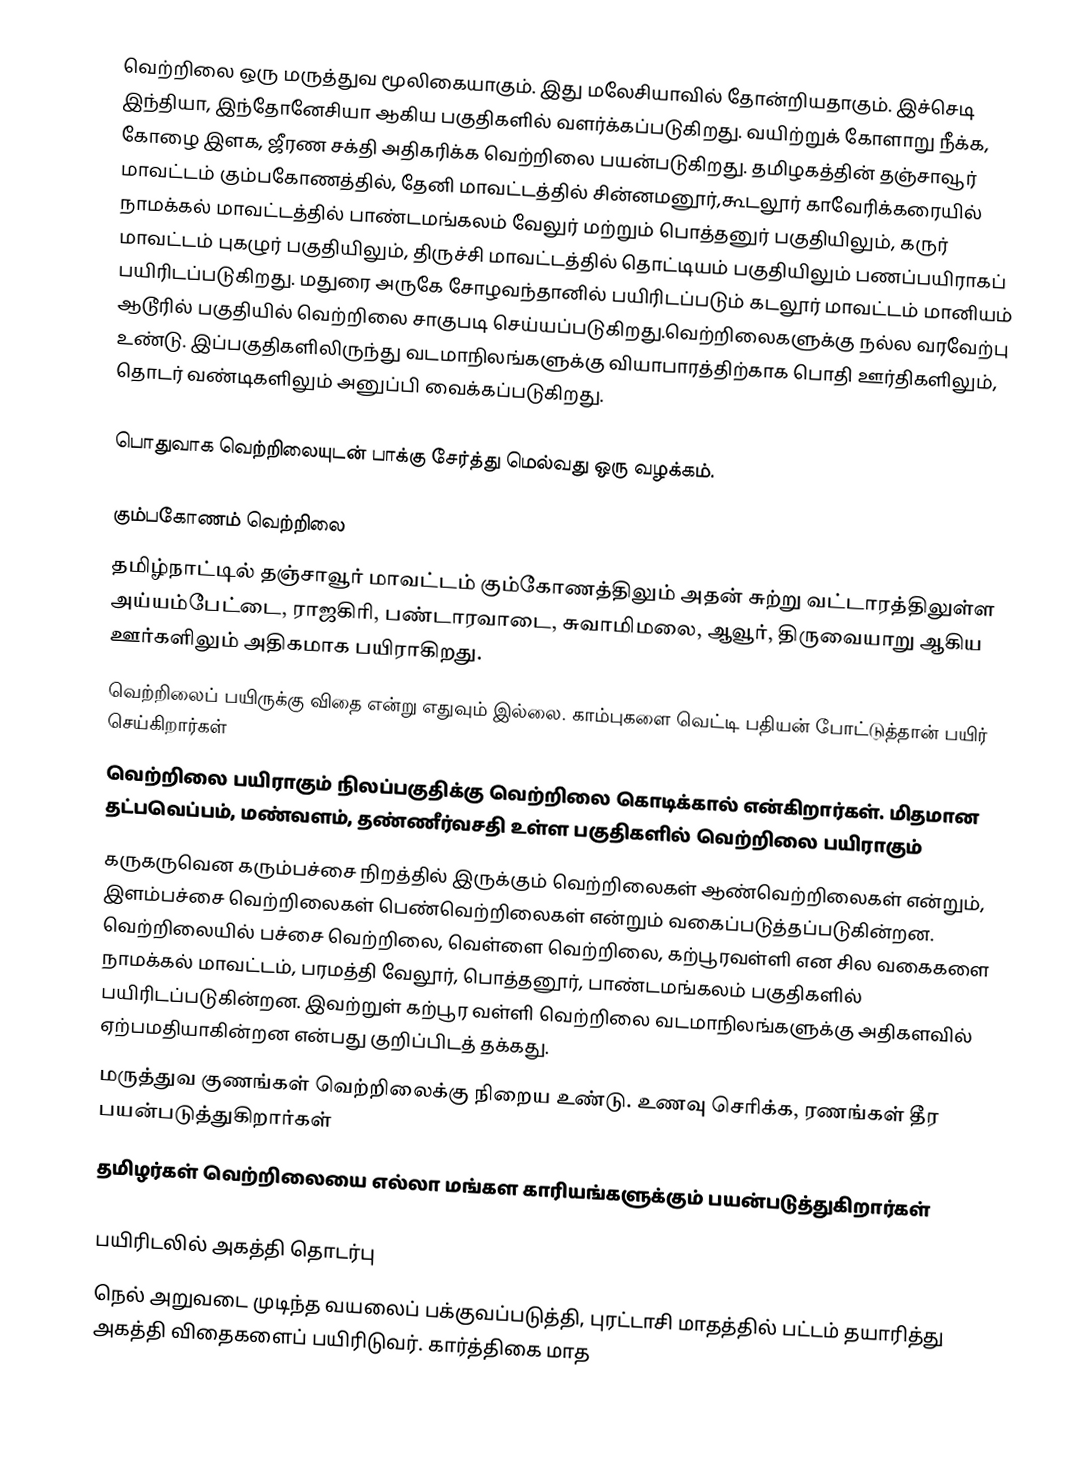
வெற்றிலை ஒரு மருத்துவ மூலிகையாகும். இது மலேசியாவில் தோன்றியதாகும். இச்செடி இந்தியா, இந்தோனேசியா ஆகிய பகுதிகளில் வளர்க்கப்படுகிறது. வயிற்றுக் கோளாறு நீக்க, கோழை இளக, ஜீரண சக்தி அதிகரிக்க வெற்றிலை பயன்படுகிறது. தமிழகத்தின் தஞ்சாவூர் மாவட்டம் கும்பகோணத்தில், தேனி மாவட்டத்தில் சின்னமனூர்,கூடலூர்  காவேரிக்கரையில் நாமக்கல்  மாவட்டத்தில் பாண்டமங்கலம் வேலுர் மற்றும் பொத்தனுர் பகுதியிலும், கருர் மாவட்டம் புகழுர் பகுதியிலும், திருச்சி  மாவட்டத்தில் தொட்டியம் பகுதியிலும் பணப்பயிராகப் பயிரிடப்படுகிறது. மதுரை அருகே சோழவந்தானில் பயிரிடப்படும் கடலூர் மாவட்டம் மானியம் ஆடூரில் பகுதியில் வெற்றிலை சாகுபடி செய்யப்படுகிறது.வெற்றிலைகளுக்கு நல்ல வரவேற்பு உண்டு. இப்பகுதிகளிலிருந்து வடமாநிலங்களுக்கு வியாபாரத்திற்காக பொதி ஊர்திகளிலும், தொடர் வண்டிகளிலும் அனுப்பி வைக்கப்படுகிறது.

பொதுவாக வெற்றிலையுடன் பாக்கு சேர்த்து மெல்வது ஒரு வழக்கம்.

கும்பகோணம் வெற்றிலை
 தமிழ்நாட்டில் தஞ்சாவூர் மாவட்டம் கும்கோணத்திலும் அதன் சுற்று வட்டாரத்திலுள்ள அய்யம்பேட்டை, ராஜகிரி, பண்டாரவாடை, சுவாமிமலை, ஆவூர், திருவையாறு ஆகிய ஊர்களிலும் அதிகமாக பயிராகிறது.
 வெற்றிலைப் பயிருக்கு விதை என்று எதுவும் இல்லை. காம்புகளை வெட்டி பதியன் போட்டுத்தான் பயிர் செய்கிறார்கள்
 வெற்றிலை பயிராகும் நிலப்பகுதிக்கு வெற்றிலை கொடிக்கால் என்கிறார்கள். மிதமான தட்பவெப்பம், மண்வளம், தண்ணீர்வசதி உள்ள பகுதிகளில் வெற்றிலை பயிராகும்
 கருகருவென கரும்பச்சை நிறத்தில் இருக்கும் வெற்றிலைகள் ஆண்வெற்றிலைகள் என்றும், இளம்பச்சை வெற்றிலைகள் பெண்வெற்றிலைகள் என்றும் வகைப்படுத்தப்படுகின்றன. வெற்றிலையில் பச்சை வெற்றிலை, வெள்ளை வெற்றிலை, கற்பூரவள்ளி என சில வகைகளை நாமக்கல் மாவட்டம், பரமத்தி வேலூர், பொத்தனூர், பாண்டமங்கலம் பகுதிகளில் பயிரிடப்படுகின்றன. இவற்றுள் கற்பூர வள்ளி வெற்றிலை வடமாநிலங்களுக்கு அதிகளவில் ஏற்பமதியாகின்றன என்பது குறிப்பிடத் தக்கது.
 மருத்துவ குணங்கள் வெற்றிலைக்கு நிறைய உண்டு. உணவு செரிக்க, ரணங்கள் தீர பயன்படுத்துகிறார்கள்
 தமிழர்கள் வெற்றிலையை எல்லா மங்கள காரியங்களுக்கும் பயன்படுத்துகிறார்கள்

பயிரிடலில் அகத்தி தொடர்பு
நெல் அறுவடை முடிந்த வயலைப் பக்குவப்படுத்தி, புரட்டாசி மாதத்தில் பட்டம் தயாரித்து அகத்தி விதைகளைப் பயிரிடுவர். கார்த்திகை மாத